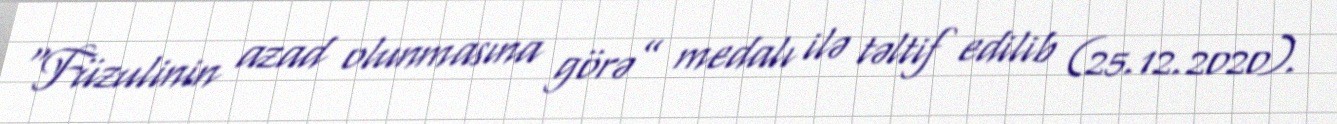
“Füzulinin azad olunmasına görə” medalı ilə təltif edilib (25.12.2020).